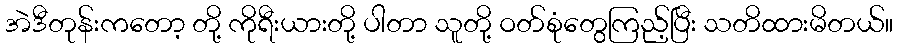
အဲဒီတုန်းကတော့ တို့ ကိုရီးယားတို့ ပါတာ သူတို့ ဝတ်စုံတွေကြည့်ပြီး သတိထားမိတယ်။